Bréfritari: Sigríður Pálsdóttir
Viðtakandi: Páll Pálsson
Dagsetning: A-1858-05-07
Skrifað á: Hraungerði  Árn.
Páll var bróðir Sigríðar

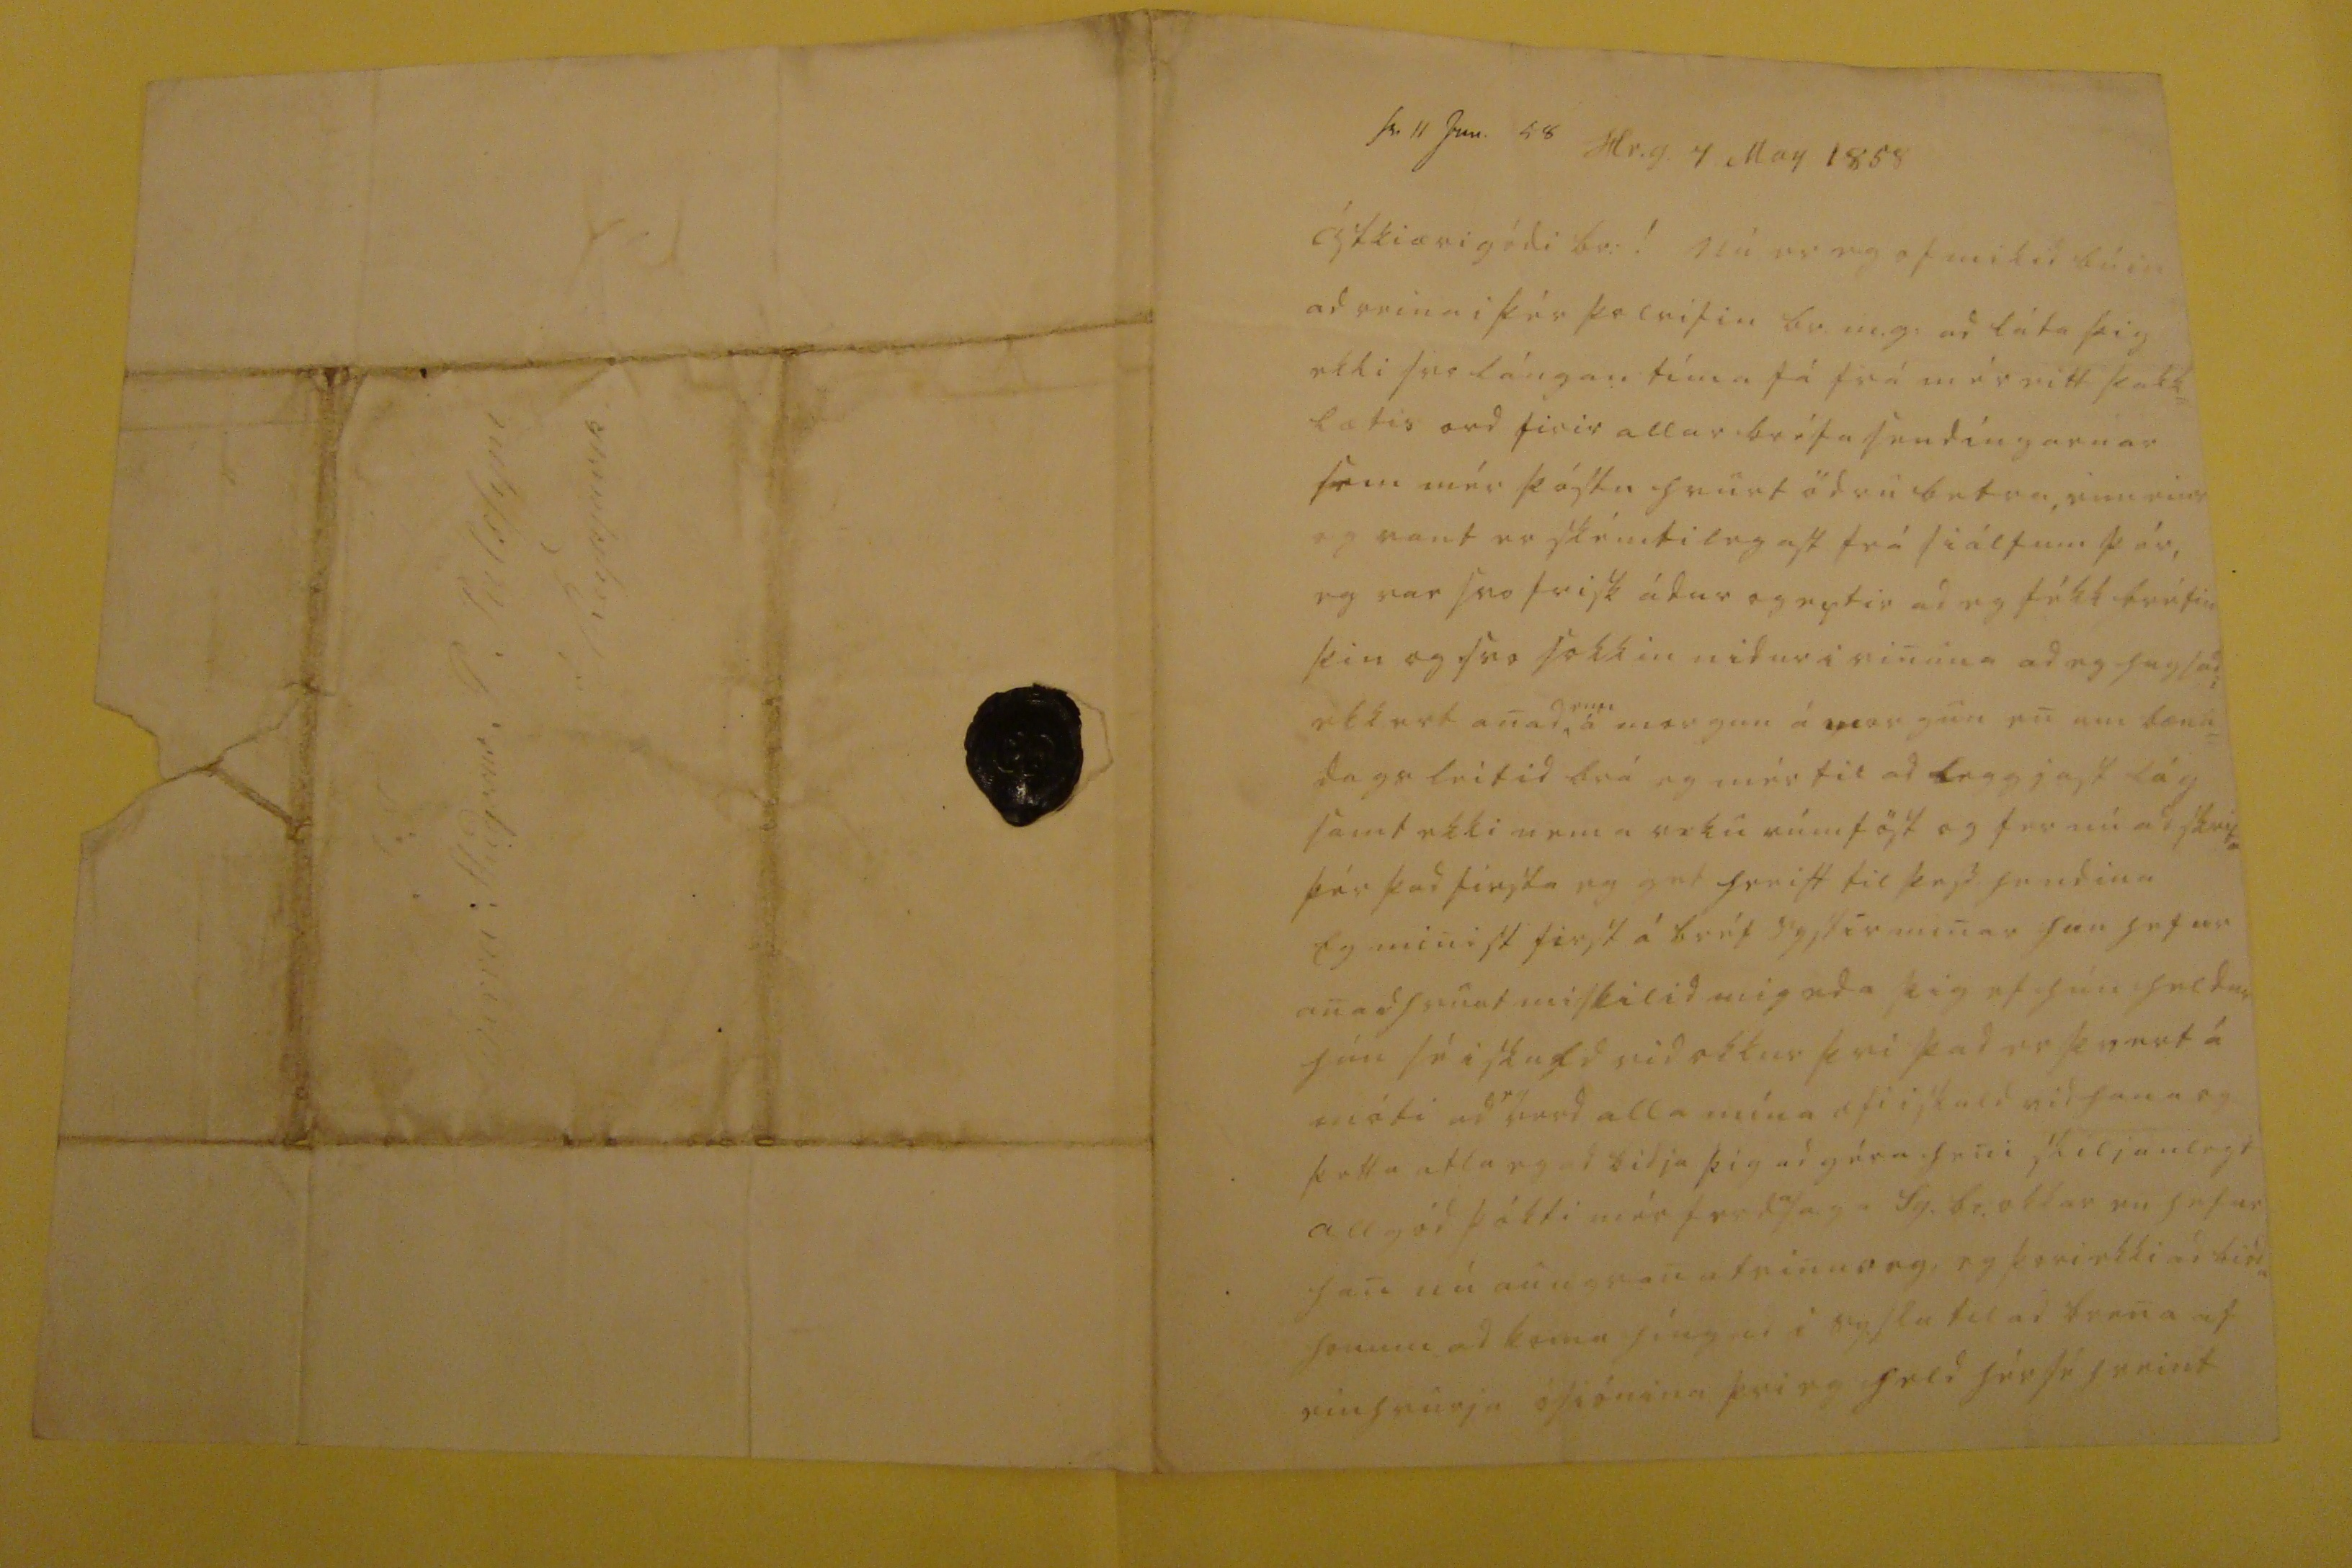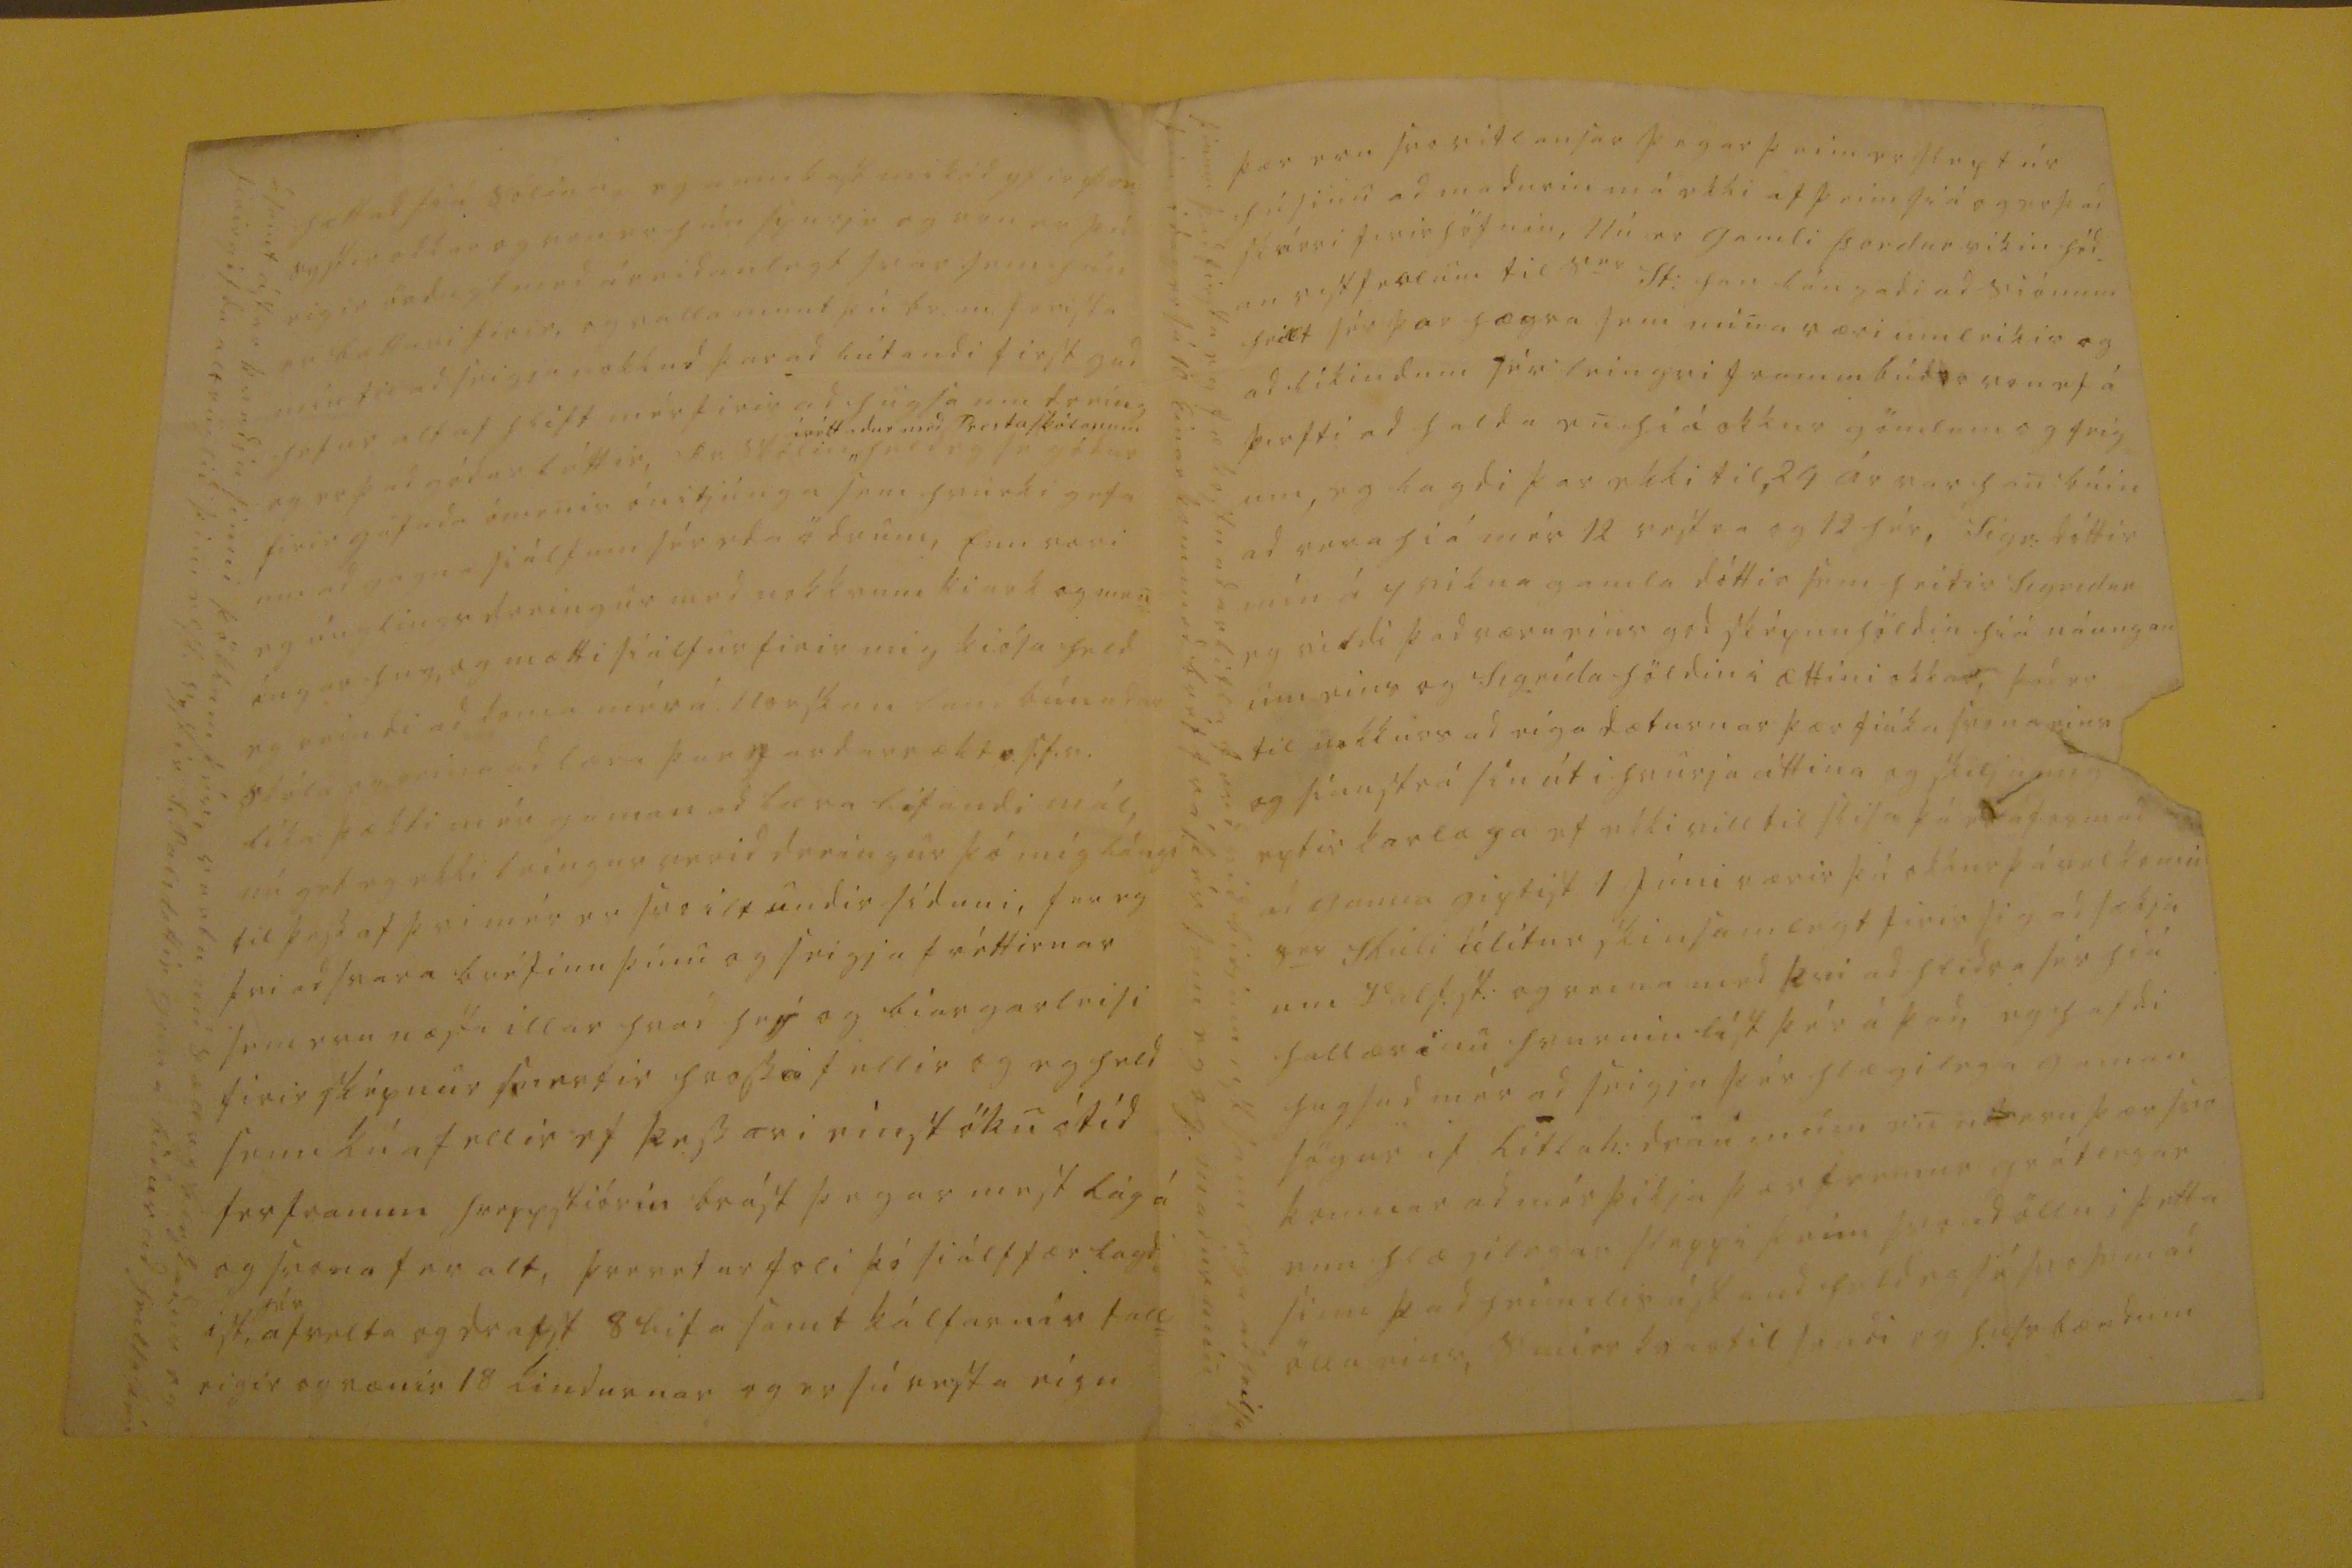

sv. 11 Jun. 58
Hr.g. 7 May 1858
Ástkiæri gódi br:!
Nú er eg of mikid búin ad reina i þér þolrifin br.m.g. ad láta þig ekki svo lángan tíma fá frá mér eitt þakk= lætis ord firir allar bréfasendingarnar sem mér þóstu hvurt ödru betra, enn eins og vont er skémtilegast frá siálfum þér, eg var svo frisk ádur og eptir ad eg fékk bréfin þin og svo sokkin nidur i vinuna ad eg hugsadi ekkert anad,
enn
á morgun á morgun en um bæna= dagsleitid brá eg mér til ad leggjast lág samt ekki nema viku rúmföst og fer nú ad skrifa þér þad firsta eg get
h
reist til þess hendina Eg mininst first á bréf systir minar hun hefur anadhvurt miskilid mig eda þig ef hún heldur hún sé i skuld vid okkur þvi þad er þvert á móti ad
eg
verd alla mína æfi i skuld vid hana og þetta atla eg ad bidja þig ad géra heni skiljanlegt allgód þókti mér ferd
a
saga Sg.br. okkar en hefur han nú aungvan
á0einur og,
eg þori ekki ad bidia honum ad koma híngad i syslu til ad brena af einhvurju ósiónina þvi eg held hér sé hreint
ásamt ástar kvedju sinni þökkum þér, vertu nú sæll og blessadur og firirgéfdu alt ruglid þini elsk. systir S.Palsdottir guna bidur ad heilsa þér
þær eru svo vidlausar þegar þeim er slept úr húsinu ad madurin m á ekki af þeim siá og er þad skárri firirhöfnin, Nú er gamli Þordur vikin héd an
vistferlum
til s
er
St: fan lángadi ad siónum heilt sér þar hægra sem mina væri umleikis og ad líkindum sér leingri frammbúd
ar von
ef á þirfti ad halda en hiá okkur gömlum og feig= um, eg lagdi þar ekki til, 24 ár var han búin ad vera hiá mér 12 vestra og 12 hér, Sigr: dóttir mín á 4 vikna gamla dóttir sem heitir Sigrídur eg vildi þad væru eins gód sképnuhöldin hiá náungan um eins og Sigrída höldin i ættini okkar, þad er til nokkurs ad eiga dæturnar þær fiúka svona eins og
sínu strá sín
út i hvurja áttina og
skiljum 00
eptir kærlega ef ekki vill til skila þá
er áformad
ad gunna giptist 1 Júni værir þú okkur þá vel komin s
er
Skúli álítur skinsamlegt firir þig ad sækja um
Valf.st.
og reina med þvi ad hlidra sér hiá fullærinu hvurnin líst þér á þad, eg hafdi hugsad mér ad seigja þér hlægilega gaman sögur af litlah: draumum en
000
eru þær svo
komnar
ad mér þikja þær fremur grátlegar enn hlægilegar sleppi þeim svo ad öllu i þetta sinn þad heimilis ástand held eg sé svo sem ad öllu eins, Smierkvartil sendi eg hussbændum
þinum þad firsta eg fæ kostnadarlitla ferd vid birjum astsamlega ad heilsa þeim i dag er sá 10 Einar kom med bréf frá þér sem eg og madur min
S: T Herra Studjosus P Palssyni á Reikjavik